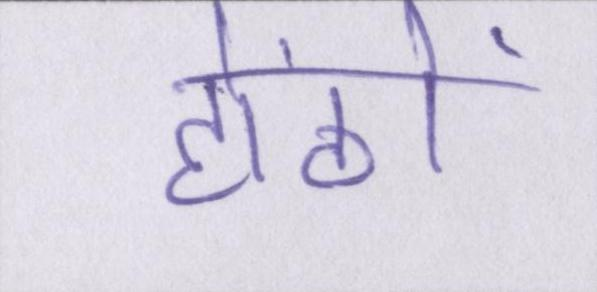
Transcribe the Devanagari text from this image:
होंठों